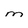
Character: M